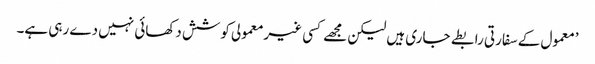
’معمول کے سفارتی رابطے جاری ہیں لیکن مجھے کسی غیرمعمولی کوشش دکھائی نہیں دے رہی ہے۔